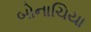
બોનાચિયા